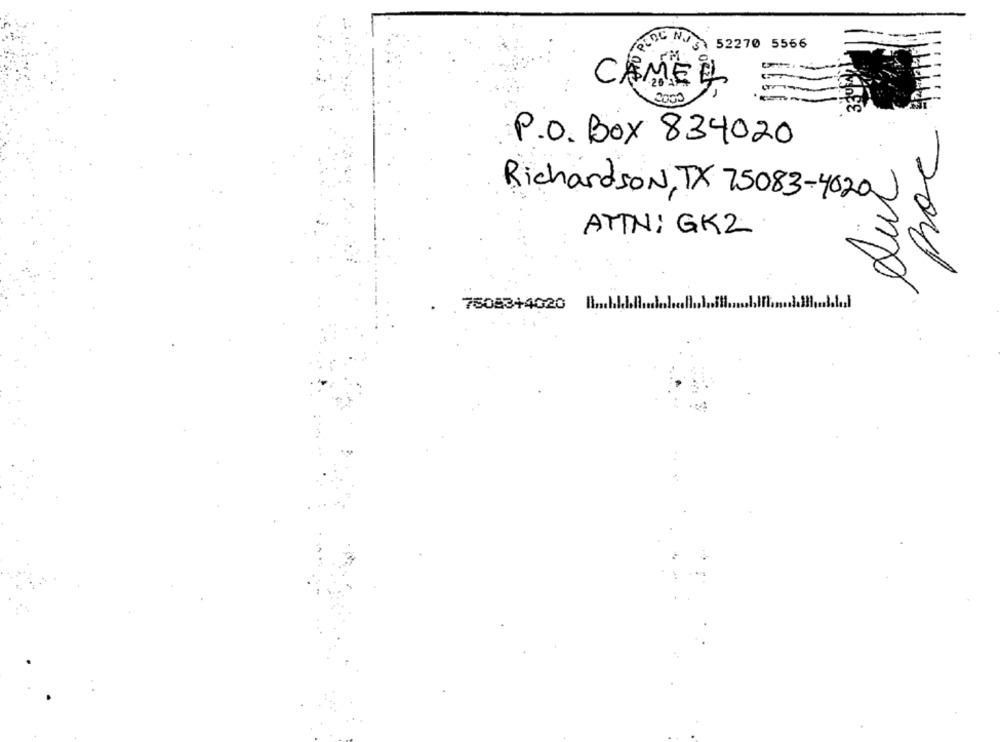
PEDE NUS
52270 5566
3300
CANER
0000
proc
P.O. BOX 834020
Sur
Richardson, TX 75083-4020
ATTN: GK2
.
75083+4020 Hmhll